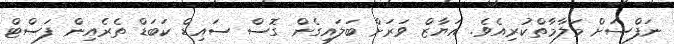
ނަފްސަށް މަލާމާތްކުރިއެވެ. އަޔާޒް ވަރަށް ބަލައިގެން ގޮސް ސައިޑް ކަބަޑް ތެރެއިން ފަސްޓް